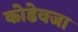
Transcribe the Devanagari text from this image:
कोडेवजा